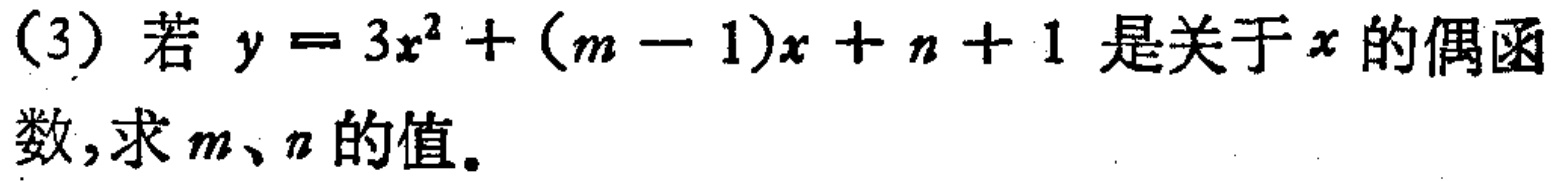
(3) 若 \(y = 3x^{2}+(m - 1)x + n + 1\) 是关于 \(x\) 的偶函数，求 \(m、n\) 的值。